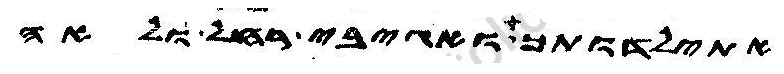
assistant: אתילדותך ואגיבי רחל ולאה